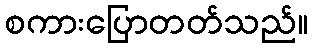
စကားပြောတတ်သည်။